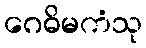
ဂေဓိမကံသု